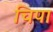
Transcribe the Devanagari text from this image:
चिपा